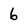
Character: 6